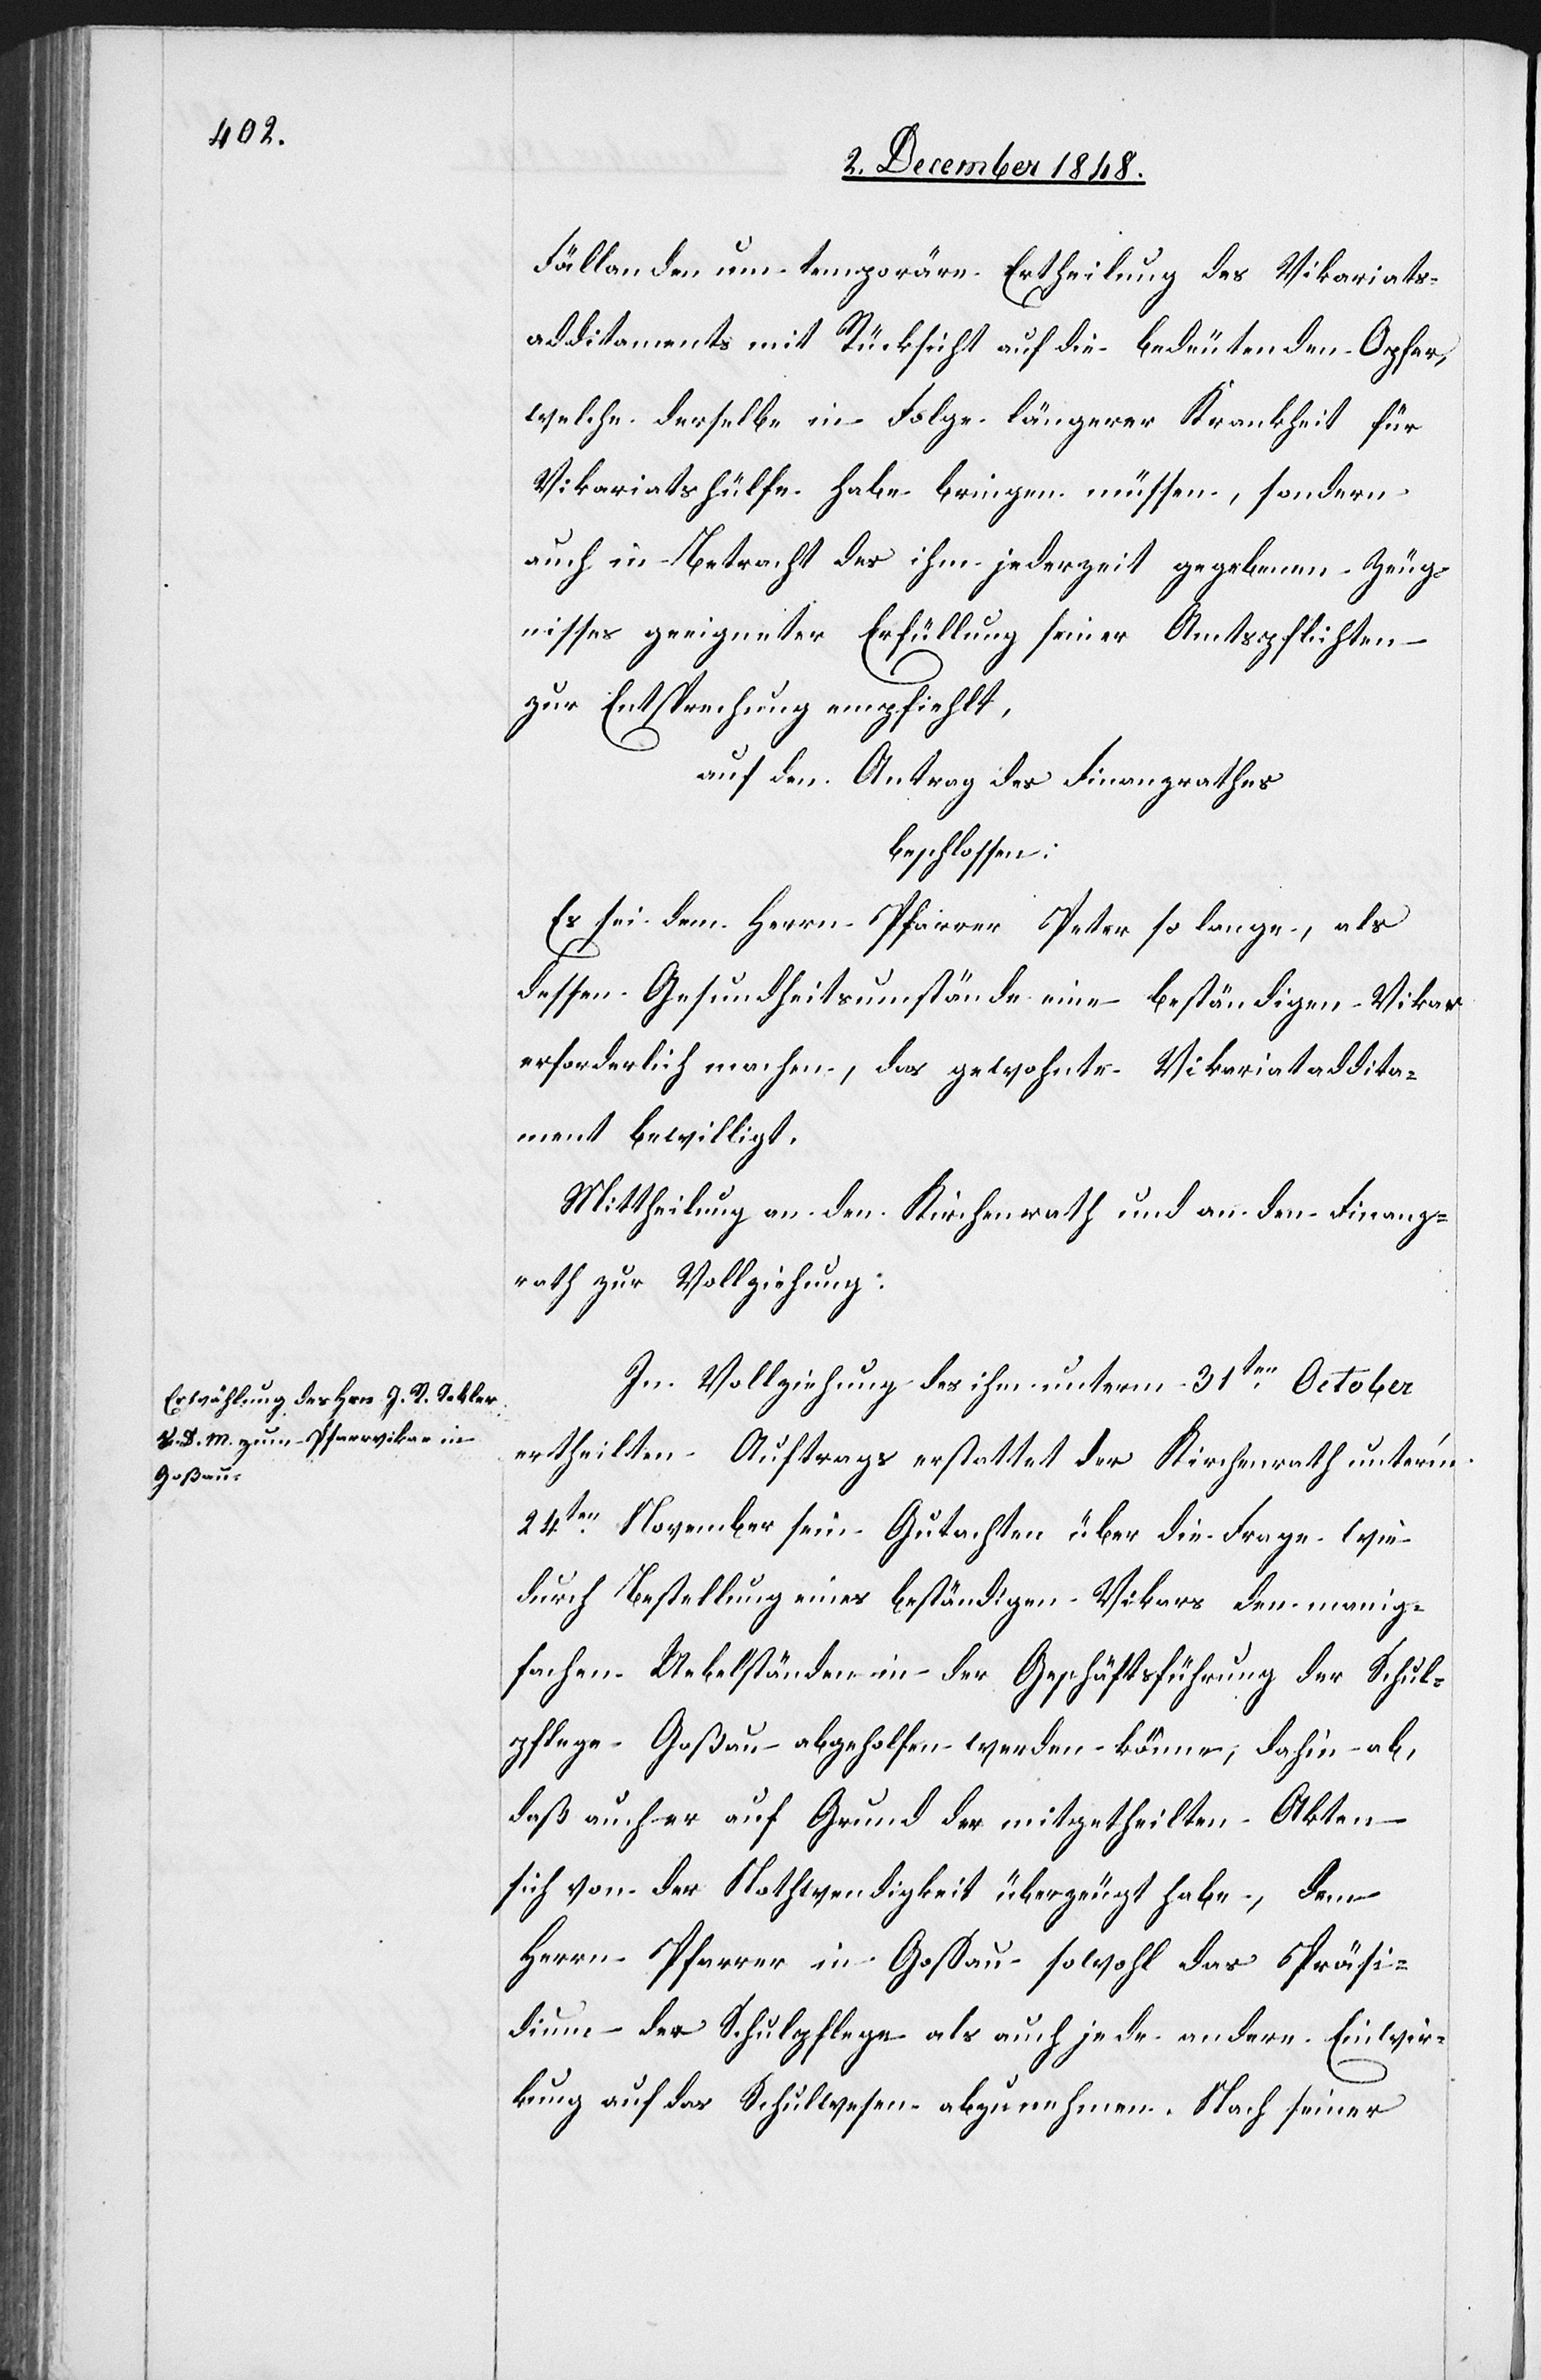
Fällanden um temporäre Ertheilung des Vikariats¬
additaments mit Rücksicht [nicht nur] auf die bedeutenden Opfer,
welche derselbe in Folge längerer Krankheit für
Vikariatshülfe habe bringen müssen, sondern
auch in Betracht des ihm jederzeit gegebenen Zeug¬
nisses geeigneter Erfüllung seiner Amtspflichten
zur Entsprechung empfiehlt,
auf den Antrag des Finanzrathes
beschlossen:
Es sei dem Herrn Pfarrer Peter so lange, als
dessen Gesundheitsumstände eine[n] beständigen Vikar
erforderlich machen, das gewohnte Vikariatsaddita¬
ment bewilligt.
In Vollziehung des ihm unterm 31ten October
ertheilten Auftrags erstattet der Kirchenrath unter’m
24ten November sein Gutachten über die Frage wie
durch Bestellung eines beständigen Vikars den manig¬
fachen Uebelständen in der Geschäftsführung der Schul¬
pflege Goßau abgeholfen werden könne, dahin ab,
daß auch er auf Grund der mitgetheilten Akten
sich von der Nothwendigkeit überzeugt habe, dem
Herrn Pfarrer in Gossau sowohl das Präsi¬
dium der Schulpflege als auch jede andere Einwir¬
kung auf das Schulwesen abzunehmen. Nach seiner